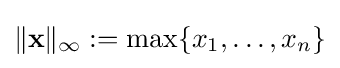
\|\mathbf {x} \|_{\infty }:=\max\{x_{1},\dots ,x_{n}\}